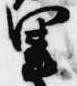
里